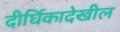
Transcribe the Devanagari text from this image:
दीर्घिकादेखील